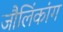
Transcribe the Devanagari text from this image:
जौलिंकांग